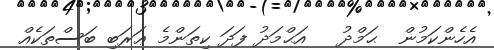
އެހެންކަމުން  ޙަމްދު   އަޙްމަދު ފަދަ ކިތަންމެ ޢަރަބި ބަސްތަކެއް